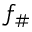
f _ { \# }